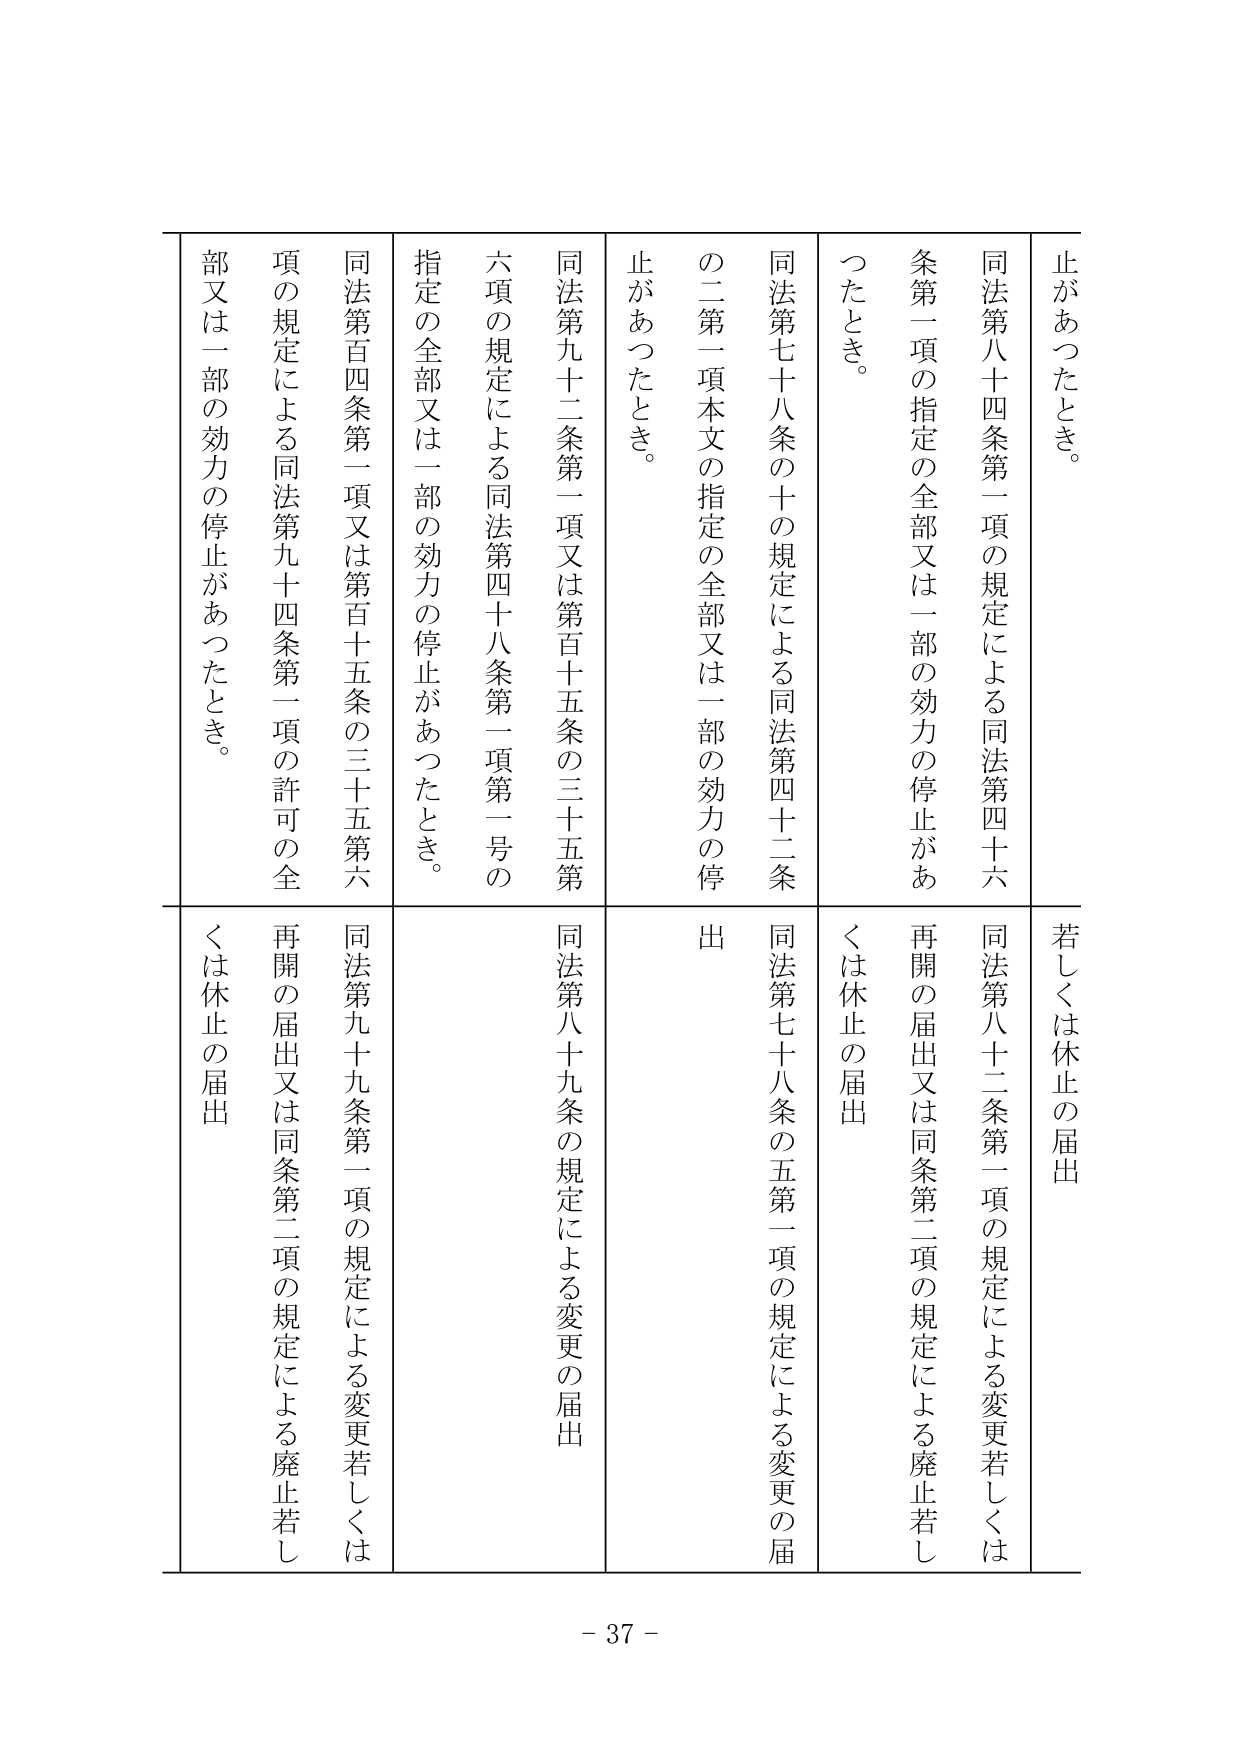
止があったとき。
同法第八十四条第一項の規定による同法第四十六
条第一項の指定の全部又は一部の効力の停止があ
ったとき。
同法第七十八条の十の規定による同法第四十二条
の二第一項本文の指定の全部又は一部の効力の停
止があったとき。
同法第九十二条第一項又は第百十五条の三十五第
六項の規定による同法第四十八条第一項第一号の
指定の全部又は一部の効力の停止があったとき。
同法第百四条第一項又は第百十五条の三十五第六
項の規定による同法第九十四条第一項の許可の全
部又は一部の効力の停止があったとき。

若しくは休止の届出
同法第八十二条第一項の規定による変更若しくは
再開の届出又は同条第二項の規定による廃止若し
くは休止の届出
同法第七十八条の五第二項の規定による変更の届
出
同法第八十九条の規定による変更の届出
同法第九十九条第一項の規定による変更若しくは
再開の届出又は同条第二項の規定による廃止若し
くは休止の届出

- 37 -